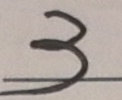
3